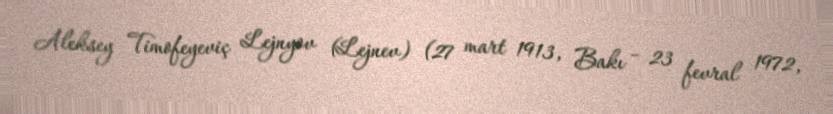
Aleksey Timofeyeviç Lejnyov (Lejnev) (27 mart 1913, Bakı – 23 fevral 1972,